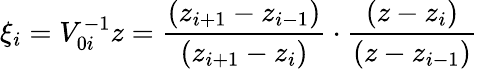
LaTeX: \xi_{i}=V_{0i}^{-1}z=\frac{(z_{i+1}-z_{i-1})}{(z_{i+1}-z_{i})}\cdot\frac{(z-z_{i})}{(z-z_{i-1})}